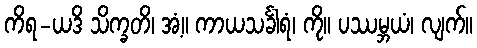
ကိရ-ယဒိ သိက္ခတိ၊ အံ့။ ကာယသင်္ခါရံ၊ ကို။ ပဿမ္ဘယံ၊ လျက်။